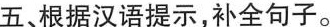
五 根据汉语提示,补全句子。